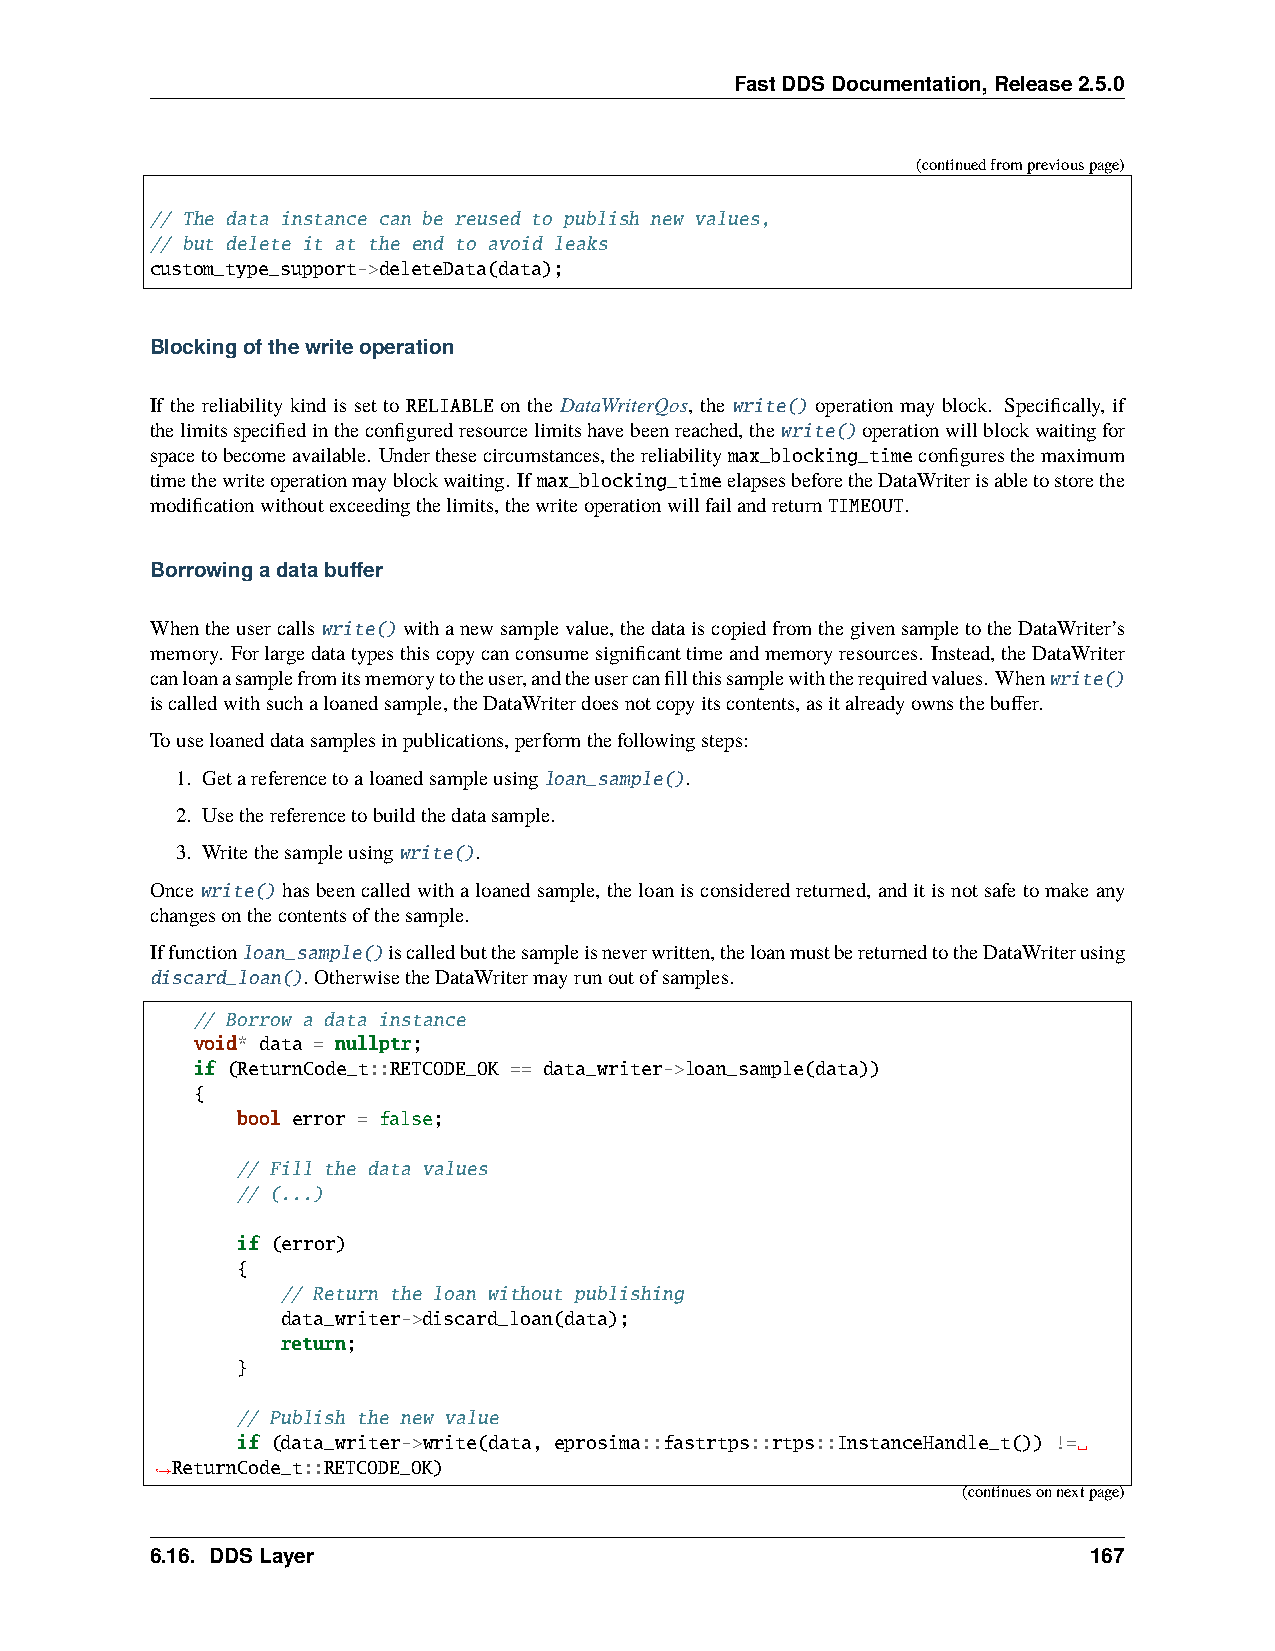
FastDDSDocumentation,Release2.5.0
 (continuedfrompreviouspage)
 // The data instance can be reused to publish new values,
 // but delete it at the end to avoid leaks
 custom_type_support->deleteData(data);
 Blockingofthewriteoperation
 If the reliability kind is set to RELIABLE on the DataWriterQos, the write() operation may block. Specifically, if
 thelimitsspecifiedintheconfiguredresourcelimitshavebeenreached,thewrite()operationwillblockwaitingfor
 spacetobecomeavailable. Underthesecircumstances,thereliabilitymax_blocking_timeconfiguresthemaximum
 timethewriteoperationmayblockwaiting. If max_blocking_timeelapsesbeforetheDataWriterisabletostorethe
 modificationwithoutexceedingthelimits,thewriteoperationwillfailandreturnTIMEOUT.
 Borrowingadatabuffer
 Whentheusercallswrite()withanewsamplevalue,thedataiscopiedfromthegivensampletotheDataWriter’s
 memory. Forlargedatatypesthiscopycanconsumesignificanttimeandmemoryresources. Instead,theDataWriter
 canloanasamplefromitsmemorytotheuser,andtheusercanfillthissamplewiththerequiredvalues. Whenwrite()
 iscalledwithsuchaloanedsample,theDataWriterdoesnotcopyitscontents,asitalreadyownsthebuffer.
 Touseloaneddatasamplesinpublications,performthefollowingsteps:
 1. Getareferencetoaloanedsampleusingloan_sample().
 2. Usethereferencetobuildthedatasample.
 3. Writethesampleusingwrite().
 Oncewrite()hasbeencalledwithaloanedsample, theloanisconsideredreturned, anditisnotsafetomakeany
 changesonthecontentsofthesample.
 Iffunctionloan_sample()iscalledbutthesampleisneverwritten,theloanmustbereturnedtotheDataWriterusing
 discard_loan(). OtherwisetheDataWritermayrunoutofsamples.
 // Borrow a data instance
 void* data = nullptr;
 if (ReturnCode_t::RETCODE_OK == data_writer->loan_sample(data))
 {
 bool error = false;
 // Fill the data values
 // (...)
 if (error)
 {
 // Return the loan without publishing
 data_writer->discard_loan(data);
 return;
 }
 // Publish the new value
 if (data_writer->write(data, eprosima::fastrtps::rtps::InstanceHandle_t()) !=␣
 ReturnCode_t::RETCODE_OK)
 ˓→
 (continuesonnextpage)
 6.16. DDSLayer                                                167